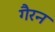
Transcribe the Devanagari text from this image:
गैरन